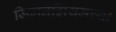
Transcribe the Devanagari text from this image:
जिमनॅझियमच्या